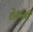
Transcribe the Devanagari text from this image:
शेंगानी